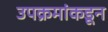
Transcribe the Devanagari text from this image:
उपक्रमांकडून